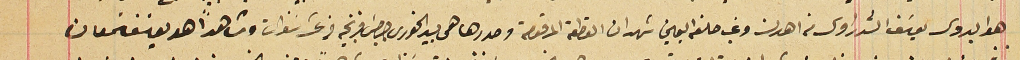
هو بدوى يوسَف الشدراوى من اهدن وغب حلفه اليمين شهد ان القطعة المرقومة وحررها هى بيد الخورى جرجسَ فرنجيه من عشر سنوات وشاهداً هو يوسف سَمعان